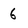
Character: 6